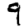
Digit: 9